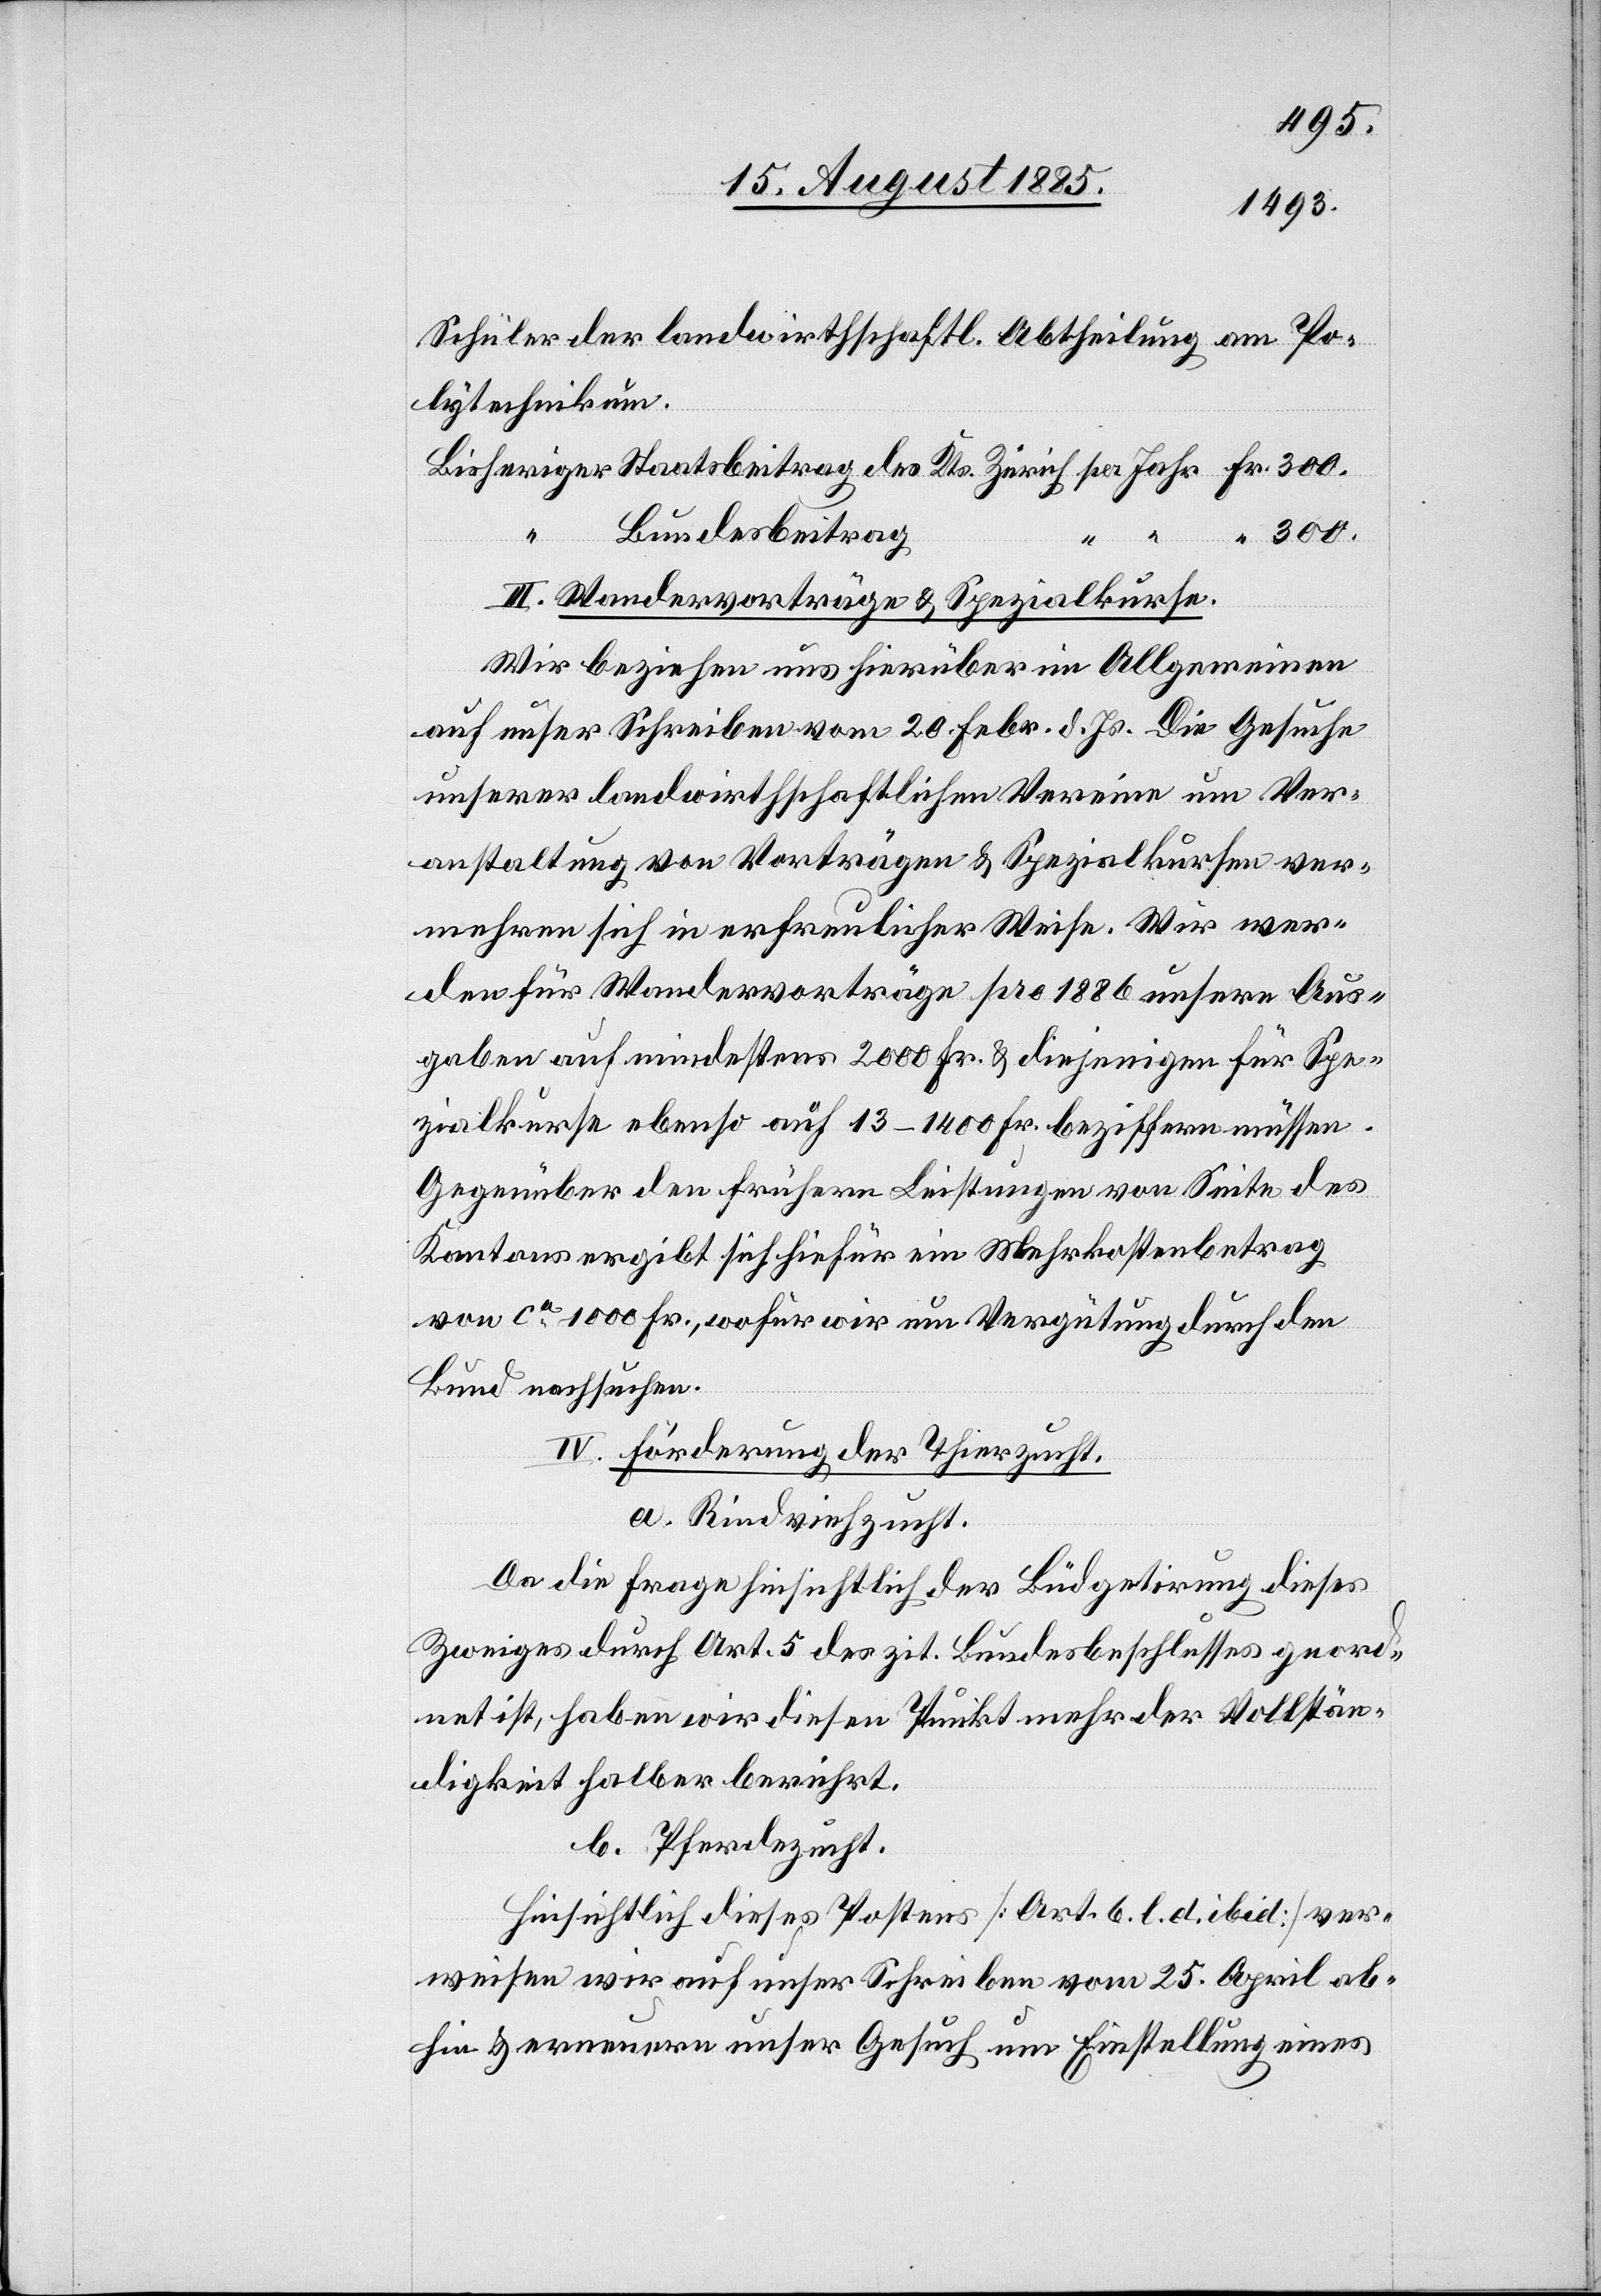
Fr.
Schüler der landwirthschaftl. Abtheilung am Po¬
lytechnikum.
Bundesbeitrag
III. Wandervorträge & Spezialkurse.
Wir beziehen uns hierüber im Allgemeinen
auf unser Schreiben vom 20. Febr. d. Js. Die Gesuche
unserer landwirthschaftlichen Vereine um Ver¬
anstaltung von Vorträgen & Spezialkursen ver¬
mehren sich in erfreulicher Weise. Wir wer¬
den für Wandervorträge pro 1886 unsere Aus¬
gaben auf mindestens 2000 Fr. & diejenigen für Spe¬
zialkurse ebenso auf 13–1400 Fr. beziffern müssen.
Gegenüber den frühern Leistungen von Seite des
Kantons ergibt sich hiefür ein Mehrkostenbetrag
von ca 1000 Fr., wofür wir um Vergütung durch den
Bund nachsuchen.
IV. Förderung der Thierzucht.
a. Rindviehzucht.
Da die Frage hinsichtlich der Büdgetirung dieses
Zweiges durch Art. 5 des zit. Bundesbeschlusses geord¬
net ist, haben wir diesen Punkt mehr der Vollstän¬
digkeit halber berührt.
b. Pferdezucht.
Hinsichtlich dieses Postens [Art. 6. l. d. ibid] ver¬
weisen wir auf unser Schreiben vom 25. April ab¬
hin & erneuern unser Gesuch um Einstellung eines